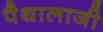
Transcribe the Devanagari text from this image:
पैथालाजी